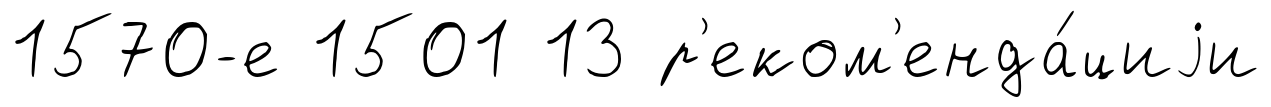
1570-е 1501 13 р'еком'енда́циjи